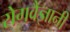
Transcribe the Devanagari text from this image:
रोगवैज्ञानी